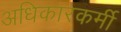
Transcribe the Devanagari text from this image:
अधिकारकर्मी